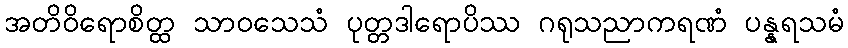
အတိဝိရောစိတ္ထ သာဝသေသံ ပုတ္တဒါရောပိဿ ဂရုသညာကရဏံ ပန္နရသမံ